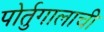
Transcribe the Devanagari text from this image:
पोर्तुगालाची